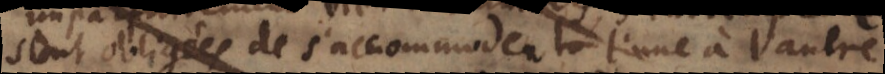
sont obligées de s’accommoder l’une à l’autre